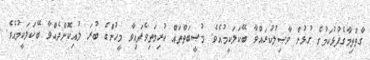
ގާތްތިމާގެފުޅުކަމުގެ ގުޅުން ވާޞިލުކުރައްވާ ބޭކަލަކީމުއެވެ. މުޞީބަތްތައް ކުރިމަތިވެފައިވާ މީހުންގެ ބުރަ ލުއިކޮށްދެއްވާ ބޭކަލަކީމުއެވެ.